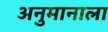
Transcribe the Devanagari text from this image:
अनुमानाला